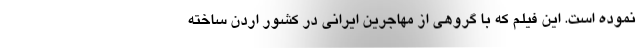
نموده است. این فیلم که با گروهی از مهاجرین ایرانی در کشور اردن ساخته